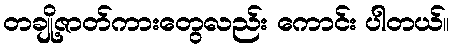
တချို့ဇာတ်ကားတွေလည်း ကောင်း ပါတယ်။